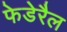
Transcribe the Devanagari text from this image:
फेडेरैल